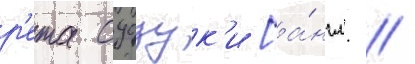
р'ета судзук'и [а́нгл. //